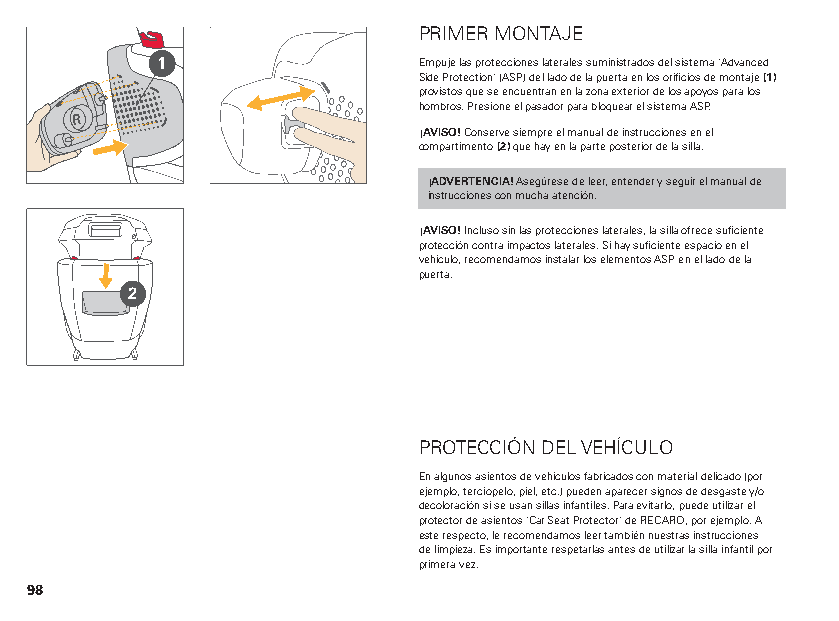
PRIMER MONTAJE
 1                 Empuje las protecciones laterales suministrados del sistema "Advanced
 Side Protection" (ASP) del lado de la puerta en los orificios de montaje (1)
 provistos que se encuentran en la zona exterior de los apoyos para los
 hombros. Presione el pasador para bloquear el sistema ASP.
 R
 ¡AVISO! Conserve siempre el manual de instrucciones en el
 compartimento (2) que hay en la parte posterior de la silla.
 ¡ADVERTENCIA! Asegúrese de leer, entender y seguir el manual de
 instrucciones con mucha atención.
 ¡AVISO! Incluso sin las protecciones laterales, la silla ofrece suficiente
 protección contra impactos laterales. Si hay suficiente espacio en el
 vehículo, recomendamos instalar los elementos ASP en el lado de la
 puerta.
 2
 PROTECCIÓN DEL VEHÍCULO
 En algunos asientos de vehículos fabricados con material delicado (por
 ejemplo, terciopelo, piel, etc.) pueden aparecer signos de desgaste y/o
 decoloración si se usan sillas infantiles. Para evitarlo, puede utilizar el
 protector de asientos "Car Seat Protector" de RECARO, por ejemplo. A
 este respecto, le recomendamos leer también nuestras instrucciones
 de limpieza. Es importante respetarlas antes de utilizar la silla infantil por
 primera vez.
 98